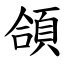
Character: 頜